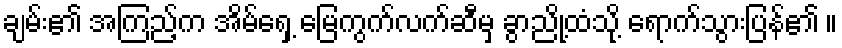
ချမ်း၏ အကြည့်က အိမ်ရှေ့ မြေကွက်လက်ဆီမှ ခွာညို့ထံသို့ ရောက်သွားပြန်၏ ။